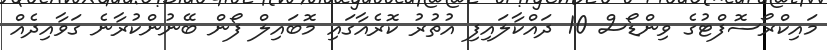
މައިކްރޯސޮފްޓުގެ ވިންޑޯސް 10 ދައްކާލައިފި އުތުރު ކޮރެއާގައި މޮބައިލް ފޯން ބޭނުންކުރާނެ ގަވާއިދެއް